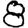
Digit: 8